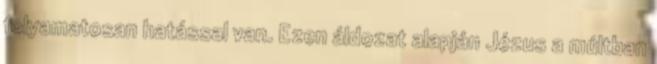
folyamatosan hatással van. Ezen áldozat alapján Jézus a múltban